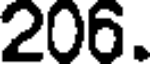
206.